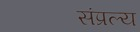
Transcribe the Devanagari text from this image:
संप्रल्य